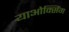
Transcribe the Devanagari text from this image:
याओक्सिंग